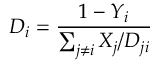
D _ { i } = \frac { 1 - Y _ { i } } { \sum _ { j \neq i } X _ { j } / D _ { j i } }